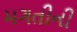
મગતીની